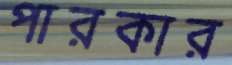
পারকার